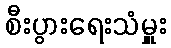
စီးပွားရေးသံမှူး